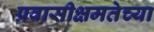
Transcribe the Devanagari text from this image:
प्रवासीक्षमतेच्या